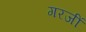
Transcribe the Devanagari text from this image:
गरजीं